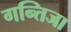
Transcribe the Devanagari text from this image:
गन्तिजा